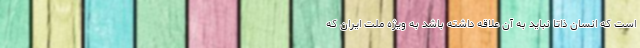
است که انسان ذاتا نباید به آن علاقه داشته باشد به ویژه ملت ایران که